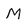
Character: M